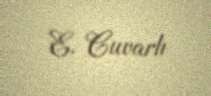
E. Cuvarlı